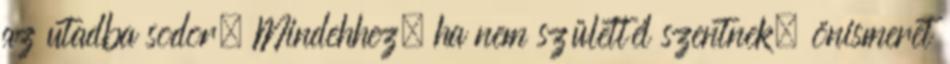
az utadba sodor. Mindehhez, ha nem születtél szentnek, önismeret